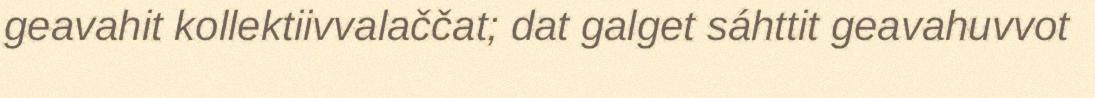
geavahit kollektiivvalaččat; dat galget sáhttit geavahuvvot